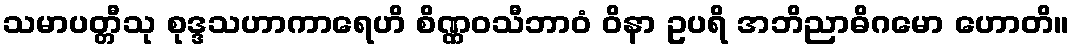
သမာပတ္တီသု စုဒ္ဒသဟာကာရေဟိ စိဏ္ဏဝသီဘာဝံ ဝိနာ ဥပရိ အဘိညာဓိဂမော ဟောတိ။